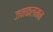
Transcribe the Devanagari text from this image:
जनकलमन